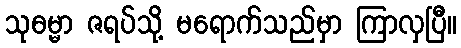
သုဓမ္မာ ဇရပ်သို့ မရောက်သည်မှာ ကြာလှပြီ။